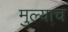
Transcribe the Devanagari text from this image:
मुल्याच